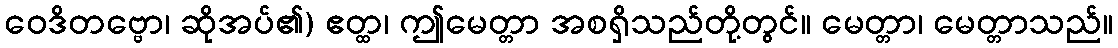
ဝေဒိတဗ္ဗော၊ ဆိုအပ်၏) ဧတ္ထ၊ ဤမေတ္တာ အစရှိသည်တို့တွင်။ မေတ္တာ၊ မေတ္တာသည်။